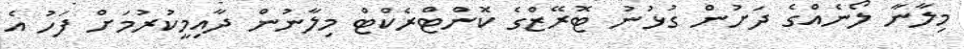
މިލާނާ ލޯނެއްގެ ދަށުން ގުޅުނު ޓޮރޭޒްގެ ކޮންޓްރެކްޓް މިލާނުން ދާއިމީކުރުމަށް ފަހު އެ